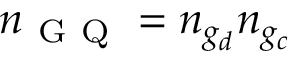
n _ { \mathrm { ~ G ~ Q ~ } } = n _ { g _ { d } } n _ { g _ { c } }